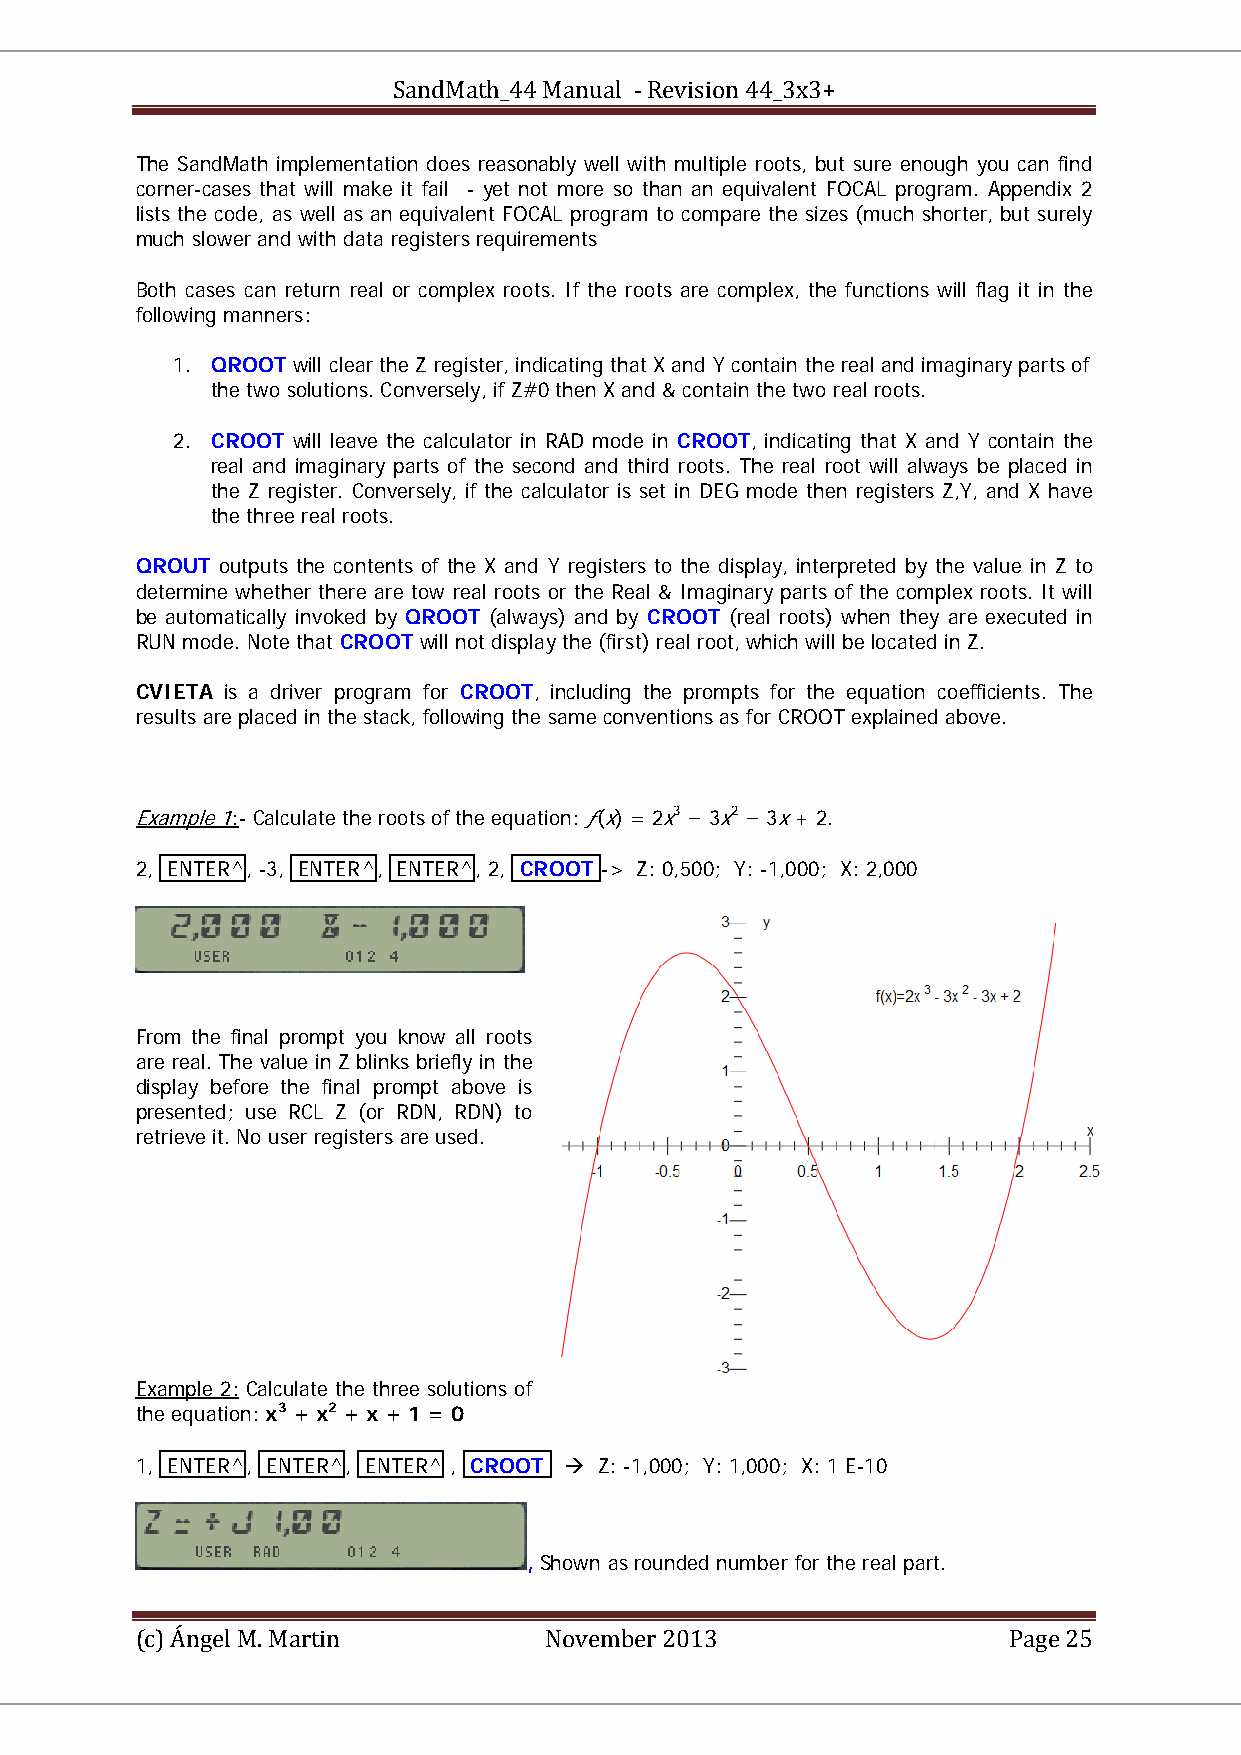
SandMath_44 Manual - Revision 44_3x3+
 The SandMath implementation does reasonably well with multiple roots, but sure enough you can find
 corner-cases that will make it fail - yet not more so than an equivalent FOCAL program. Appendix 2
 lists the code, as well as an equivalent FOCAL program to compare the sizes (much shorter, but surely
 much slower and with data registers requirements
 Both cases can return real or complex roots. If the roots are complex, the functions will flag it in the
 following manners:
 1. QROOT will clear the Z register, indicating that X and Y contain the real and imaginary parts of
 the two solutions. Conversely, if Z#0 then X and & contain the two real roots.
 2. CROOT will leave the calculator in RAD mode in CROOT, indicating that X and Y contain the
 real and imaginary parts of the second and third roots. The real root will always be placed in
 the Z register. Conversely, if the calculator is set in DEG mode then registers Z,Y, and X have
 the three real roots.
 QROUT outputs the contents of the X and Y registers to the display, interpreted by the value in Z to
 determine whether there are tow real roots or the Real & Imaginary parts of the complex roots. It will
 be automatically invoked by QROOT (always) and by CROOT (real roots) when they are executed in
 RUN mode. Note that CROOT will not display the (first) real root, which will be located in Z.
 CVIETA is a driver program for CROOT, including the prompts for the equation coefficients. The
 results are placed in the stack, following the same conventions as for CROOT explained above.
 Example 1:- Calculate the roots of the equation: ƒ(x) = 2x3 − 3x2 − 3x + 2.
 UU     UU                           PP PP PP PP
 2, ENTER^, -3, ENTER^, ENTER^, 2, CROOT -> Z: 0,500; Y: -1,000; X: 2,000
 From the final prompt you know all roots
 are real. The value in Z blinks briefly in the
 display before the final prompt above is
 presented; use RCL Z (or RDN, RDN) to
 retrieve it. No user registers are used.
 Example 2: Calculate the three solutions of
 UU     UU
 the equation: x3 + x2 + x + 1 = 0
 PP PP PP PP
 1, ENTER^, ENTER^, ENTER^ , CROOT  Z: -1,000; Y: 1,000; X: 1 E-10
 , Shown as rounded number for the real part.
 (c) Ángel M. Martin        November 2013                  Page 25